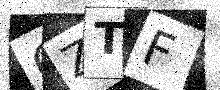
Text: 6ZTF